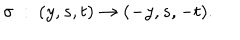
\sigma ~ : ~ ( y , s , t ) \rightarrow ( - y , s , - t ) .